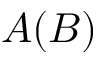
A ( B )